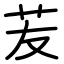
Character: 苃